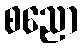
စညော